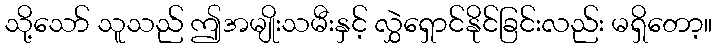
သို့သော် သူသည် ဤအမျိုးသမီးနှင့် လွှဲရှောင်နိုင်ခြင်းလည်း မရှိတော့။